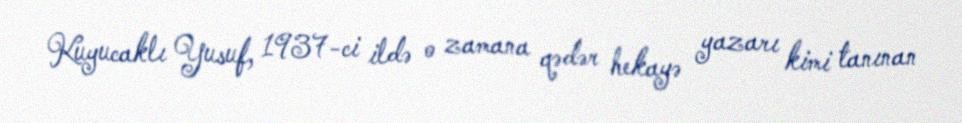
Kuyucaklı Yusuf, 1937-ci ildə o zamana qədər hekayə yazarı kimi tanınan